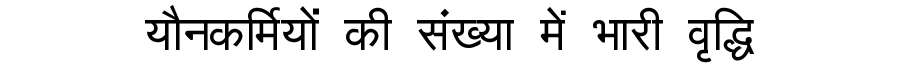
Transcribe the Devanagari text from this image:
यौनकर्मियों की संख्या में भारी वृद्धि